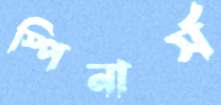
স্পিনার্স